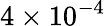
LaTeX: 4\times 10^{-4}